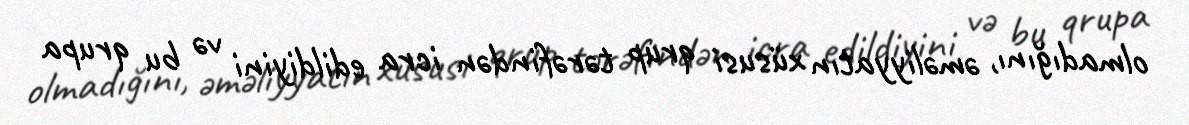
olmadığını, əməliyyatın xüsusi qrup tərəfindən icra edildiyini və bu qrupa